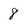
Character: 8